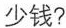
少钱?